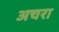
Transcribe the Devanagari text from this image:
अचरा